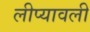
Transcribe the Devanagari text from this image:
लीप्यावली